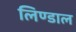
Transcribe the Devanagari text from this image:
लिण्डाल